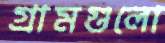
গ্রামগুলো